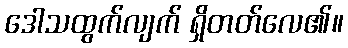
ဒေါသထွက်လျက် ရှိတတ်လေ၏။